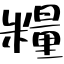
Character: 糧